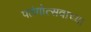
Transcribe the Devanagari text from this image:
पतंगोत्सवाच्या